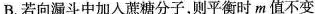
B.若向漏斗中加入蔗糖分子，则平衡时m值不变